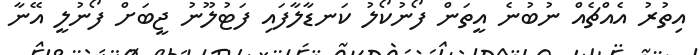
އިތުރު އެއްޗެއް ނުބުނެ އީތަން ފޯނުކޯލު ކަނޑާލާފައި ފަޓުލޫނު ޖީބަށް ފޯނުލީ އޭނާ